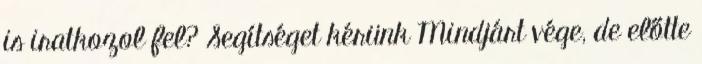
is iratkozol fel? Segítséget kérünk Mindjárt vége, de előtte